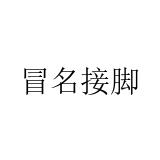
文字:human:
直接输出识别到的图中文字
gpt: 冒名接脚